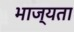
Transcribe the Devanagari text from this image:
भाज्यता